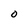
Character: O